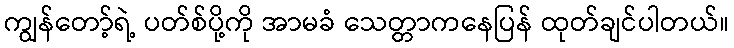
ကျွန်တော့်ရဲ့ ပတ်စ်ပို့ကို အာမခံ သေတ္တာကနေပြန် ထုတ်ချင်ပါတယ်။